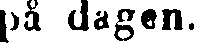
på dagen.